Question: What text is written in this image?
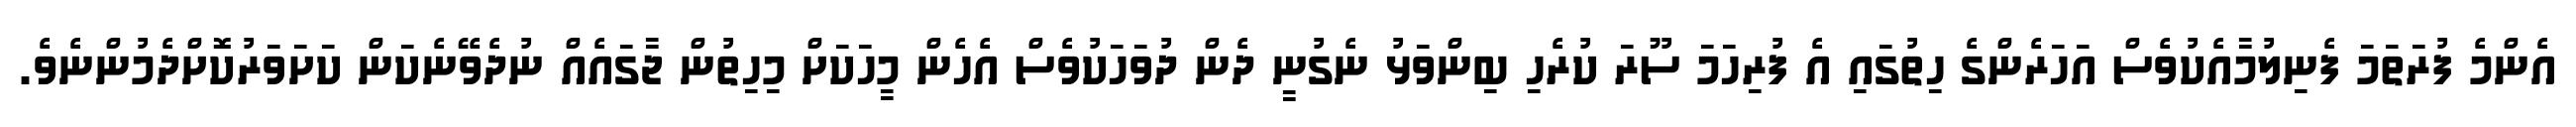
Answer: އެންމެ ފުރަތަމަ ފެނިލުމާއެކުވެސް އަހަރެންގެ ހިތުގައި އެ ފުރިހަމަ ސޫރަ ކުރެހި ބިންވަޅު ނެގުނީ ދެން ދުވަހަކުވެސް އެހެން މީހަކަށް މިހިތުން ޖާގައެއް ނުދެވޭނެކަން ކަށަވަރުކޮށްދެމުންނެވެ.